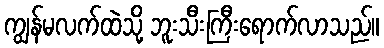
ကျွန်မလက်ထဲသို့ ဘူးသီးကြီးရောက်လာသည်။